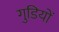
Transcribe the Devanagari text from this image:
गुडियों